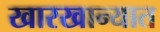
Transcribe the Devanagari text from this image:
खारखान्यात